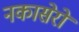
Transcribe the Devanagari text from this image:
नकासेरो